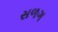
સળગ